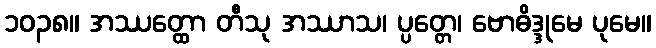
၁၀၃၈။ အဿတ္ထော တီသု အဿာသ၊ ပ္ပတ္တေ၊ ဗောဓိဒ္ဒုမေ ပုမေ။